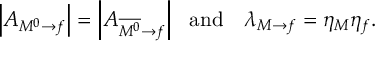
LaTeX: \left| A _ { M ^ { 0 } \rightarrow f } \right| = \left| A _ { \overline { { { M ^ { 0 } } } } \rightarrow f } \right| \ \ \mathrm { a n d ~ } \ \ \lambda _ { M \rightarrow f } = \eta _ { M } \eta _ { f } .